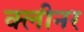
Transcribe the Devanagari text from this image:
क्‍लीनर